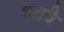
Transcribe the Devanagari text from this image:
ध्यावै